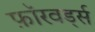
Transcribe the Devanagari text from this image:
फ़ॉरवर्ड्स